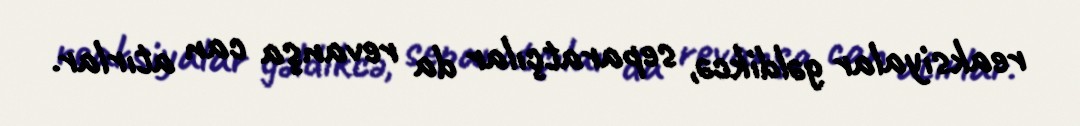
reaksiyalar gəldikcə, separatçılar da revanşa can atırlar.